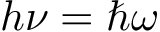
h \nu = \hbar \omega